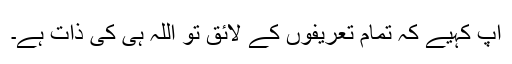
آپ کہیے کہ تمام تعریفوں کے لائق تو اللہ ہی کی ذات ہے۔